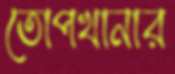
তোপখানার